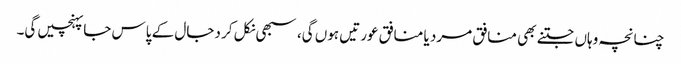
چنانچہ وہاں جتنے بھی منافق مرد یا منافق عورتیں ہوں گی، سبھی نکل کر دجال کے پاس جاپہنچیں گی۔